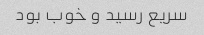
سریع رسید و خوب بود